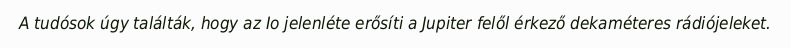
A tudósok úgy találták, hogy az Io jelenléte erősíti a Jupiter felől érkező dekaméteres rádiójeleket.